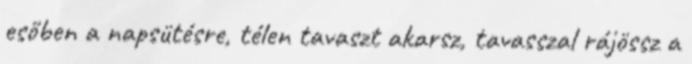
esőben a napsütésre, télen tavaszt akarsz, tavasszal rájössz a